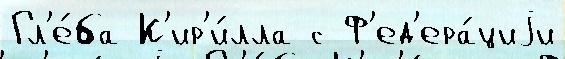
Гл'е́ба К'ир'и́лла с Ф'ед'ера́циjи